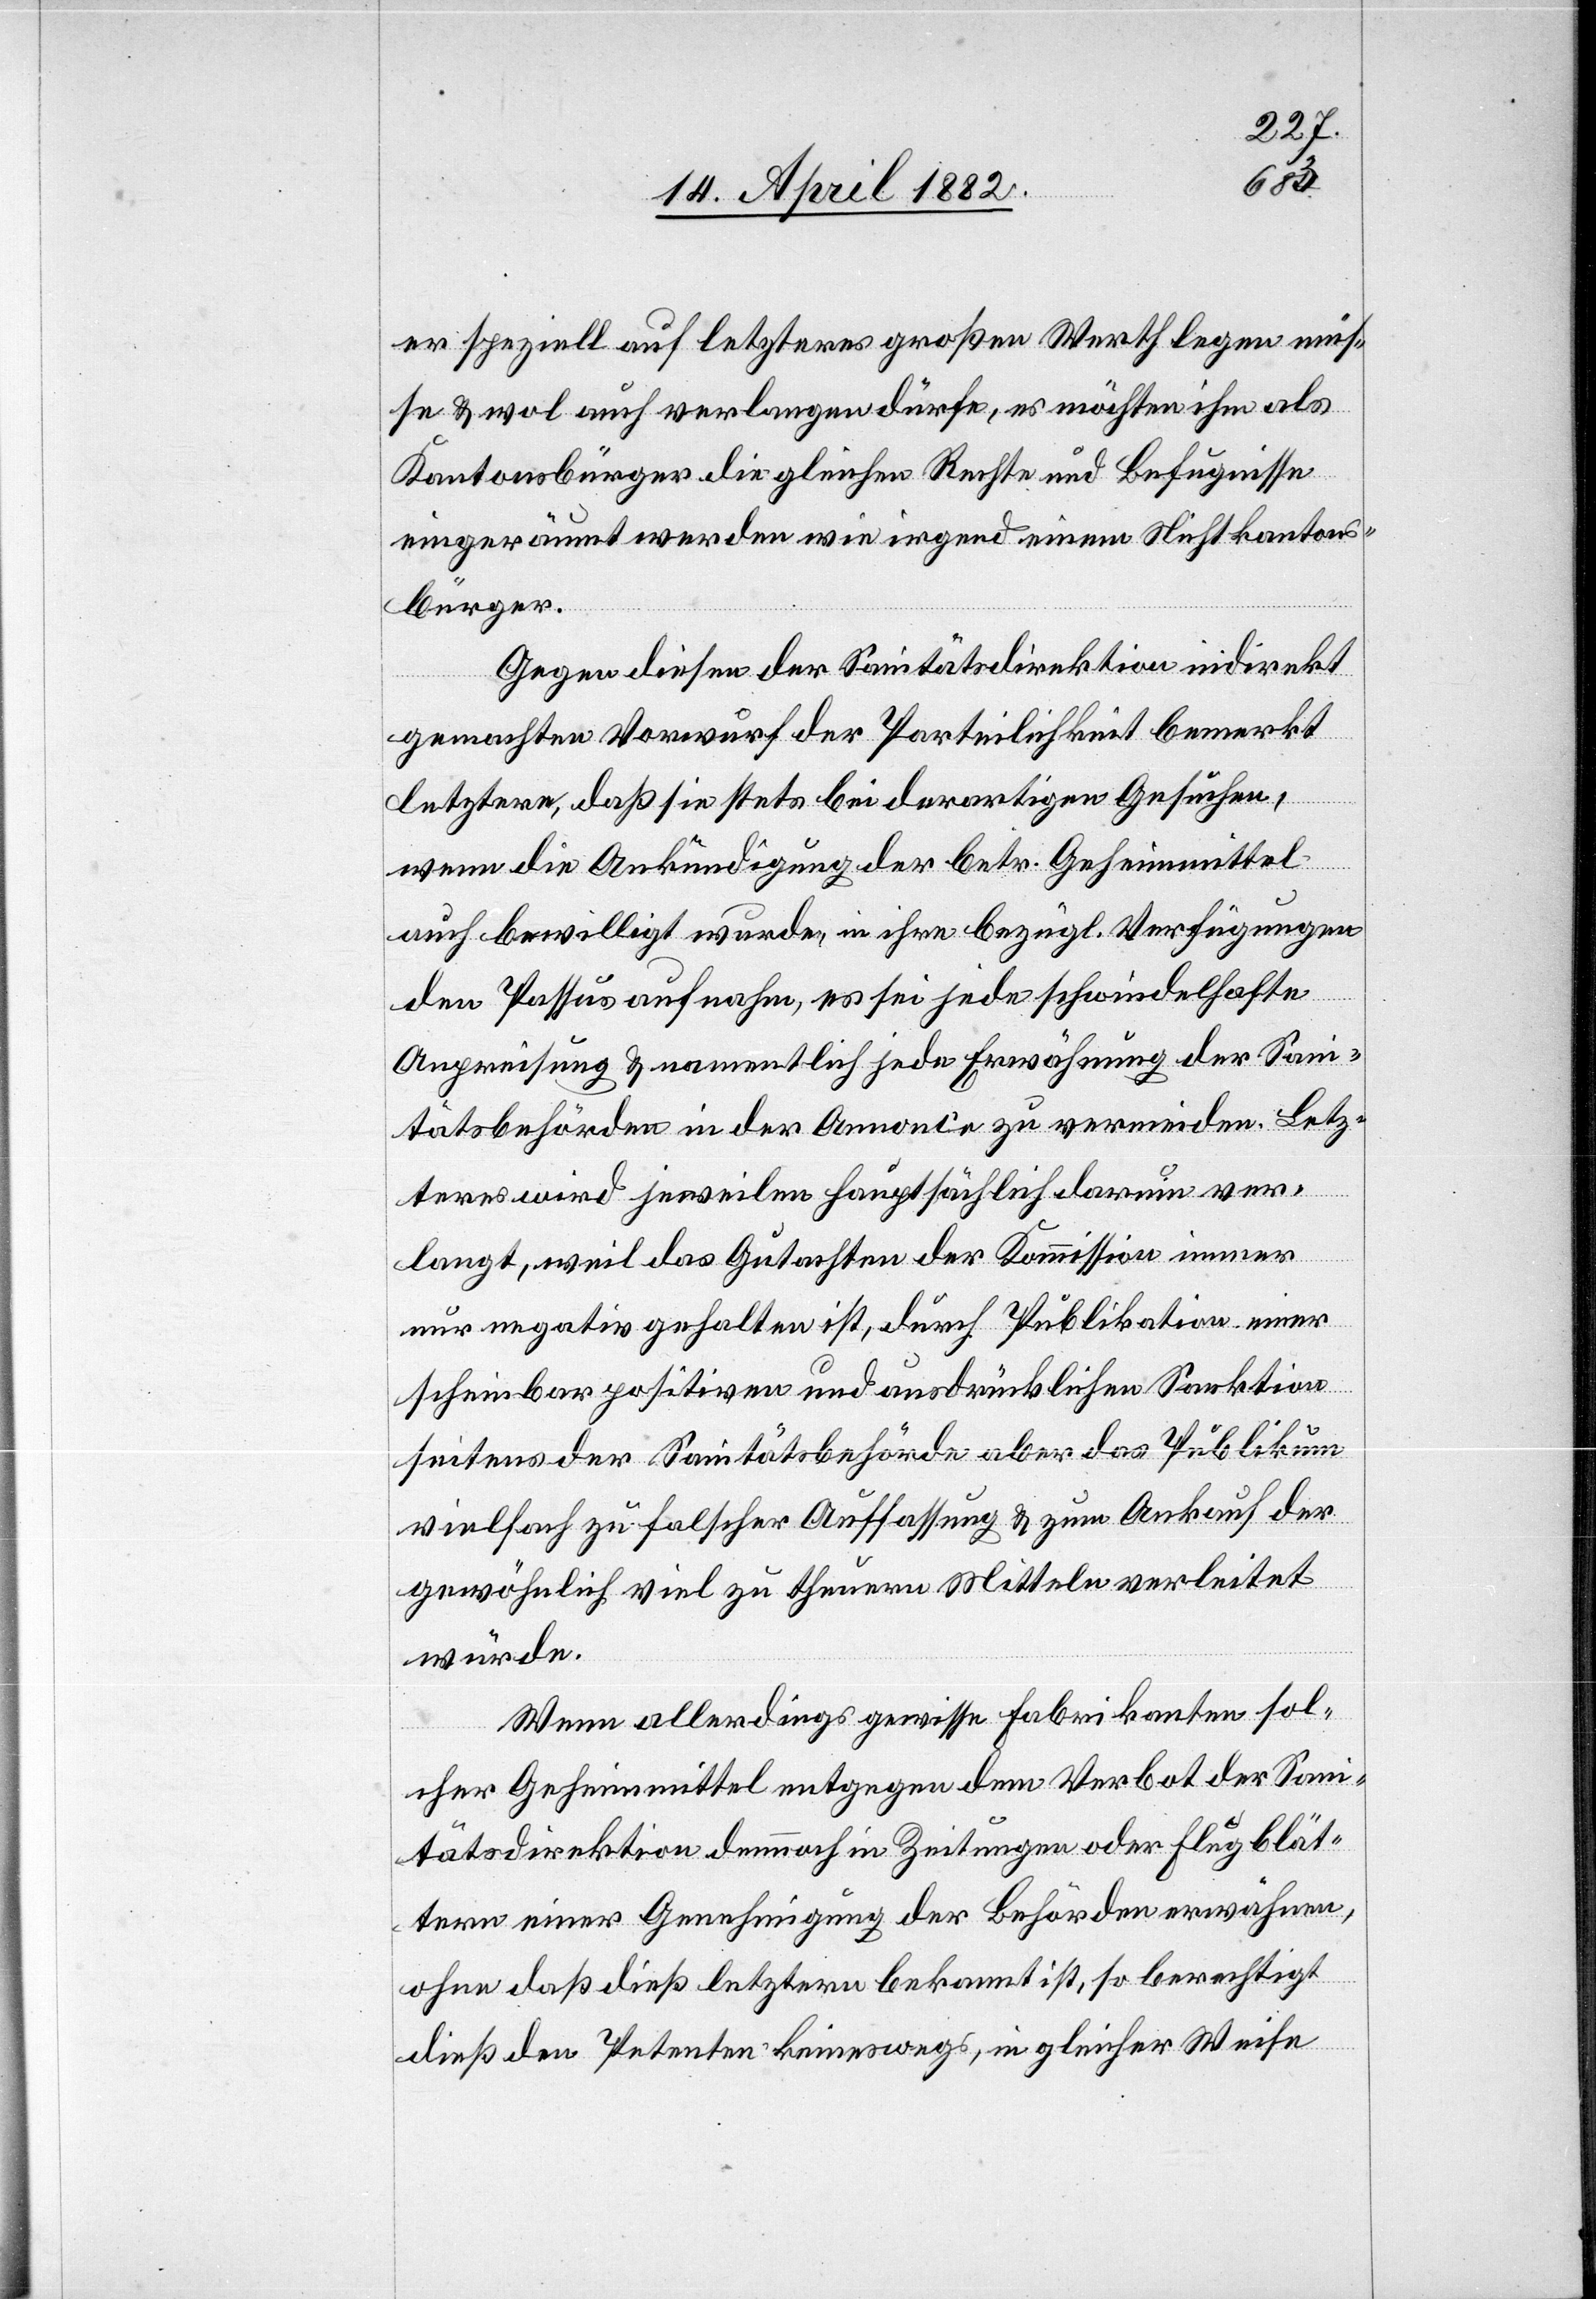
er speziell auf letzteres großen Werth legen müs¬
se & wol auch verlangen dürfe, es möchten ihm als
Kantonsbürger die gleichen Rechte und Befugnisse
eingeräumt werden wie irgend einem Nichtkantons¬
bürger.
Gegen diesen der Sanitätsdirektion indirekt
gemachten Vorwurf der Parteilichkeit bemerkt
letztere, daß sie stets bei derartigen Gesuchen,
wenn die Ankündigung der betr. Geheimmittel
auch bewilligt wurde, in ihre bezügl. Verfügungen
den Passus aufnahm, es sei jede schwindelhafte
Anpreisung & namentlich jede Erwähnung der Sani¬
tätsbehörden in der Annonce zu vermeiden. Letz¬
teres wird jeweilen hauptsächlich darum ver¬
langt, weil das Gutachten der Kommission immer
nur negativ gehalten ist, durch Publikation einer
scheinbar positiven und ausdrücklichen Sanktion
seitens der Sanitätsbehörde aber das Publikum
vielfach zu falscher Auffassung & zum Ankauf der
gewöhnlich viel zu theuern Mittel verleitet
würde.
Wenn allerdings gewisse Fabrikanten sol¬
cher Geheimmittel entgegen dem Verbot der Sani¬
tätsdirektion dennnoch in Zeitungen oder Flugblät¬
tern einer Genehmigung der Behörden erwähnen,
ohne daß dieß letztern bekannt ist, so berechtigt
dieß den Petenten keineswegs, in gleicher Weise